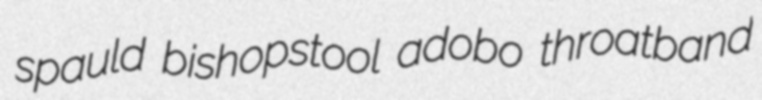
spauld bishopstool adobo throatband